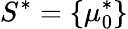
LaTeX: S^{*}=\{ \mu_{0}^{*}\}